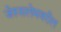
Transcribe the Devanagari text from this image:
जेरुसलेमवरील